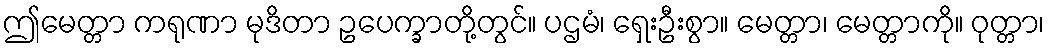
ဤမေတ္တာ ကရုဏာ မုဒိတာ ဥပေက္ခာတို့တွင်။ ပဌမံ၊ ရှေးဦးစွာ။ မေတ္တာ၊ မေတ္တာကို။ ဝုတ္တာ၊